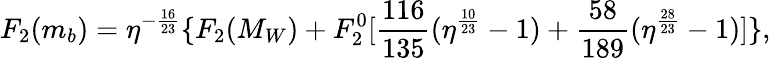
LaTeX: F_{2}(m_{b})=\eta^{-\frac{16}{23}}\{ F_{2}(M_{W})+F_{2}^{0}[\frac{116}{135}(\eta^{\frac{10}{23}}-1)+\frac{58}{189}(\eta^{\frac{28}{23}}-1)]\} ,